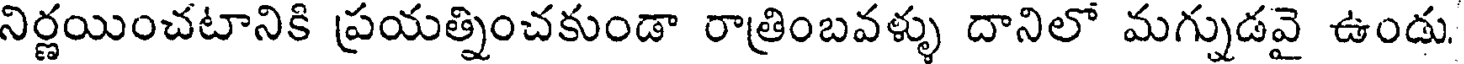
నిర్ణయించటానికి ప్రయత్నించకుండా రాత్రింబవళ్ళు దానిలో మగ్నుడవై ఉండు.